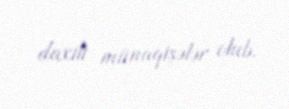
daxili münaqişələr olub.